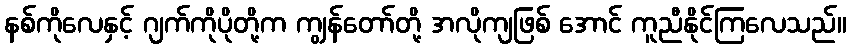
နစ်ကိုလေနှင့် ဂျက်ကိုပိုတို့က ကျွန်တော်တို့ အလိုကျဖြစ် အောင် ကူညီနိုင်ကြလေသည်။